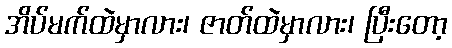
အိပ်မက်ထဲမှာလား၊ ဇာတ်ထဲမှာလား၊ ပြီးတော့